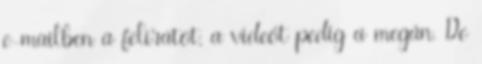
e-mailben a feliratot, a videót pedig a megán. De